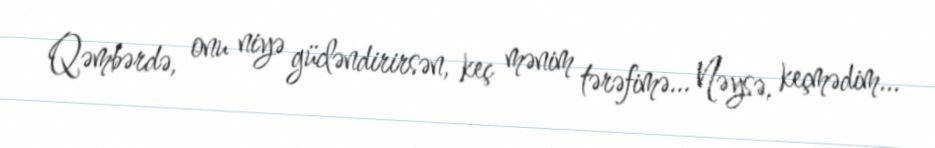
Qəmbərdə, onu niyə gücləndirirsən, keç mənim tərəfimə... Nəysə, keçmədim...